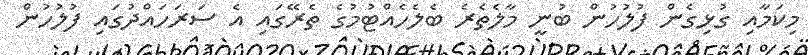
މިކަމާއި ގުޅިގެން ފުލުހުން ބުނީ މާލެތެރެ ބެލެހެއްޓުމުގެ ތެރޭގައި އެ ސަރަހައްދުގައި ފުލުހުން